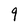
Character: 9